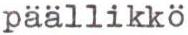
päällikkö